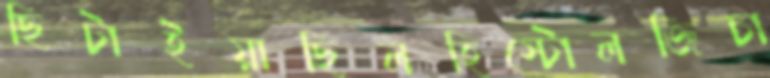
ছিটাইয়াছিলহিস্টোলজিচা